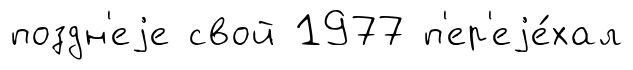
поздн'еjе свой 1977 п'ер'еjе́хал